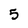
Character: 5